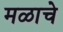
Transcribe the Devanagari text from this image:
मळाचे